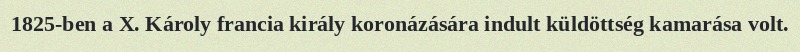
1825-ben a X. Károly francia király koronázására indult küldöttség kamarása volt.